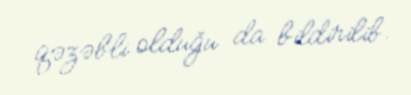
qəzəbli olduğu da bildirilib.